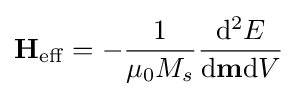
\mathbf {H} _{\mathrm {eff} }=-{\frac {1}{\mu _{0}M_{s}}}{\frac {\mathrm {d} ^{2}E}{\mathrm {d} \mathbf {m} \mathrm {d} V}}